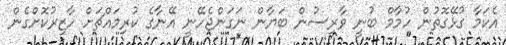
އެކަމާ ގުޅޭގޮތުން ހުމާމް ބުނީ ވާރިސުން ބަޔާން ނަގަންޖެހޭނީ އޭނާގެ ކުރިމައްޗަށް ހާޒިރުކޮށްގެން